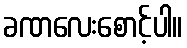
ခဏလေးစောင့်ပါ။